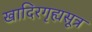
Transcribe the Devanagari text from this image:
खादिरगृह्यसूत्र